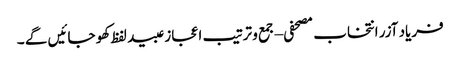
فریاد آزر انتخاب مصحفی – جمع و ترتیب اعجاز عبید لفظ کھو جائیں گے ۔